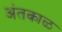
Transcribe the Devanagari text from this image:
अंतकाळ